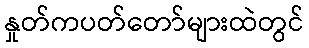
နှုတ်ကပတ်တော်များထဲတွင်